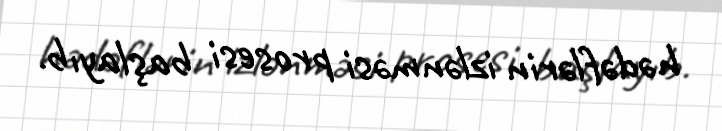
hədəflərin izlənməsi prosesi başlayıb.